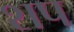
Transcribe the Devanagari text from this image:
शप